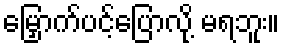
မြှောက်ပင့်ပြောလို့ မရဘူး။